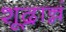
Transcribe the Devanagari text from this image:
शूद्रान्नं